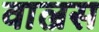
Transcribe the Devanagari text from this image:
वाल्रस